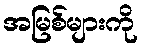
အမြစ်များကို